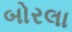
બોરલા